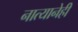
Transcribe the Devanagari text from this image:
नात्यानेही